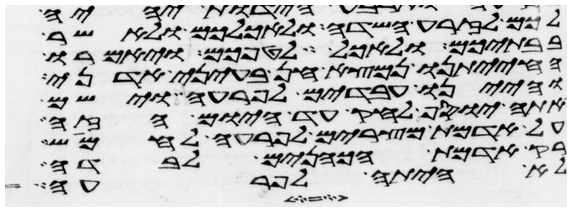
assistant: לכם לזרע השדה ולאכלכם ולאשר
בבתיכם ולאכל לטפכם ויאמרו
החיתנו נמצא חן בעיני אדני
והיינו עבדים לפרעה וישם
אתה יוסף לחק עד היום הזה
על אדמת מצרים לפרעה לחמוש
רק אדמת הכהנים לבדה
לא היתה לפרעה